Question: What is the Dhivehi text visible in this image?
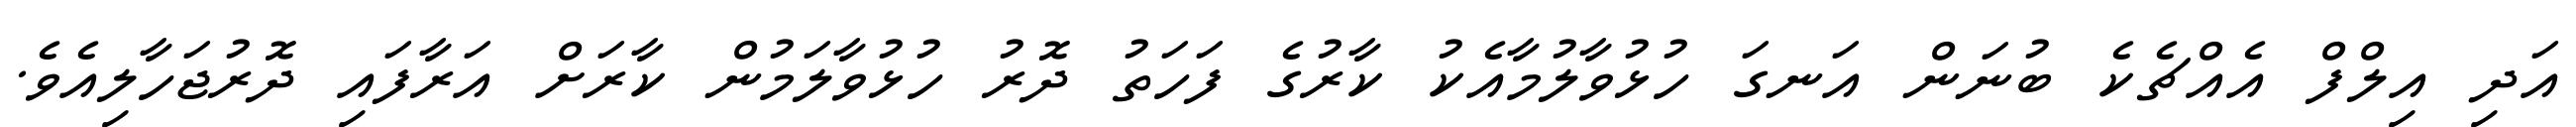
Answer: އަދި އިލްފް އެއްޗެކެ ބުނަން އަނގަ ހުޅުވާލުމާއެކު ކާރުގެ ފަހަތު ދޮރު ހުޅުވާލަމުން ކާރަށް އަރާފައި ދޮރުޖަހާލިއެވެ.